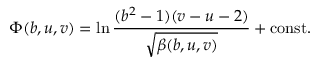
\Phi ( b , u , v ) = \ln \frac { ( b ^ { 2 } - 1 ) ( v - u - 2 ) } { \sqrt { \beta ( b , u , v ) } } + \mathrm { c o n s t . }